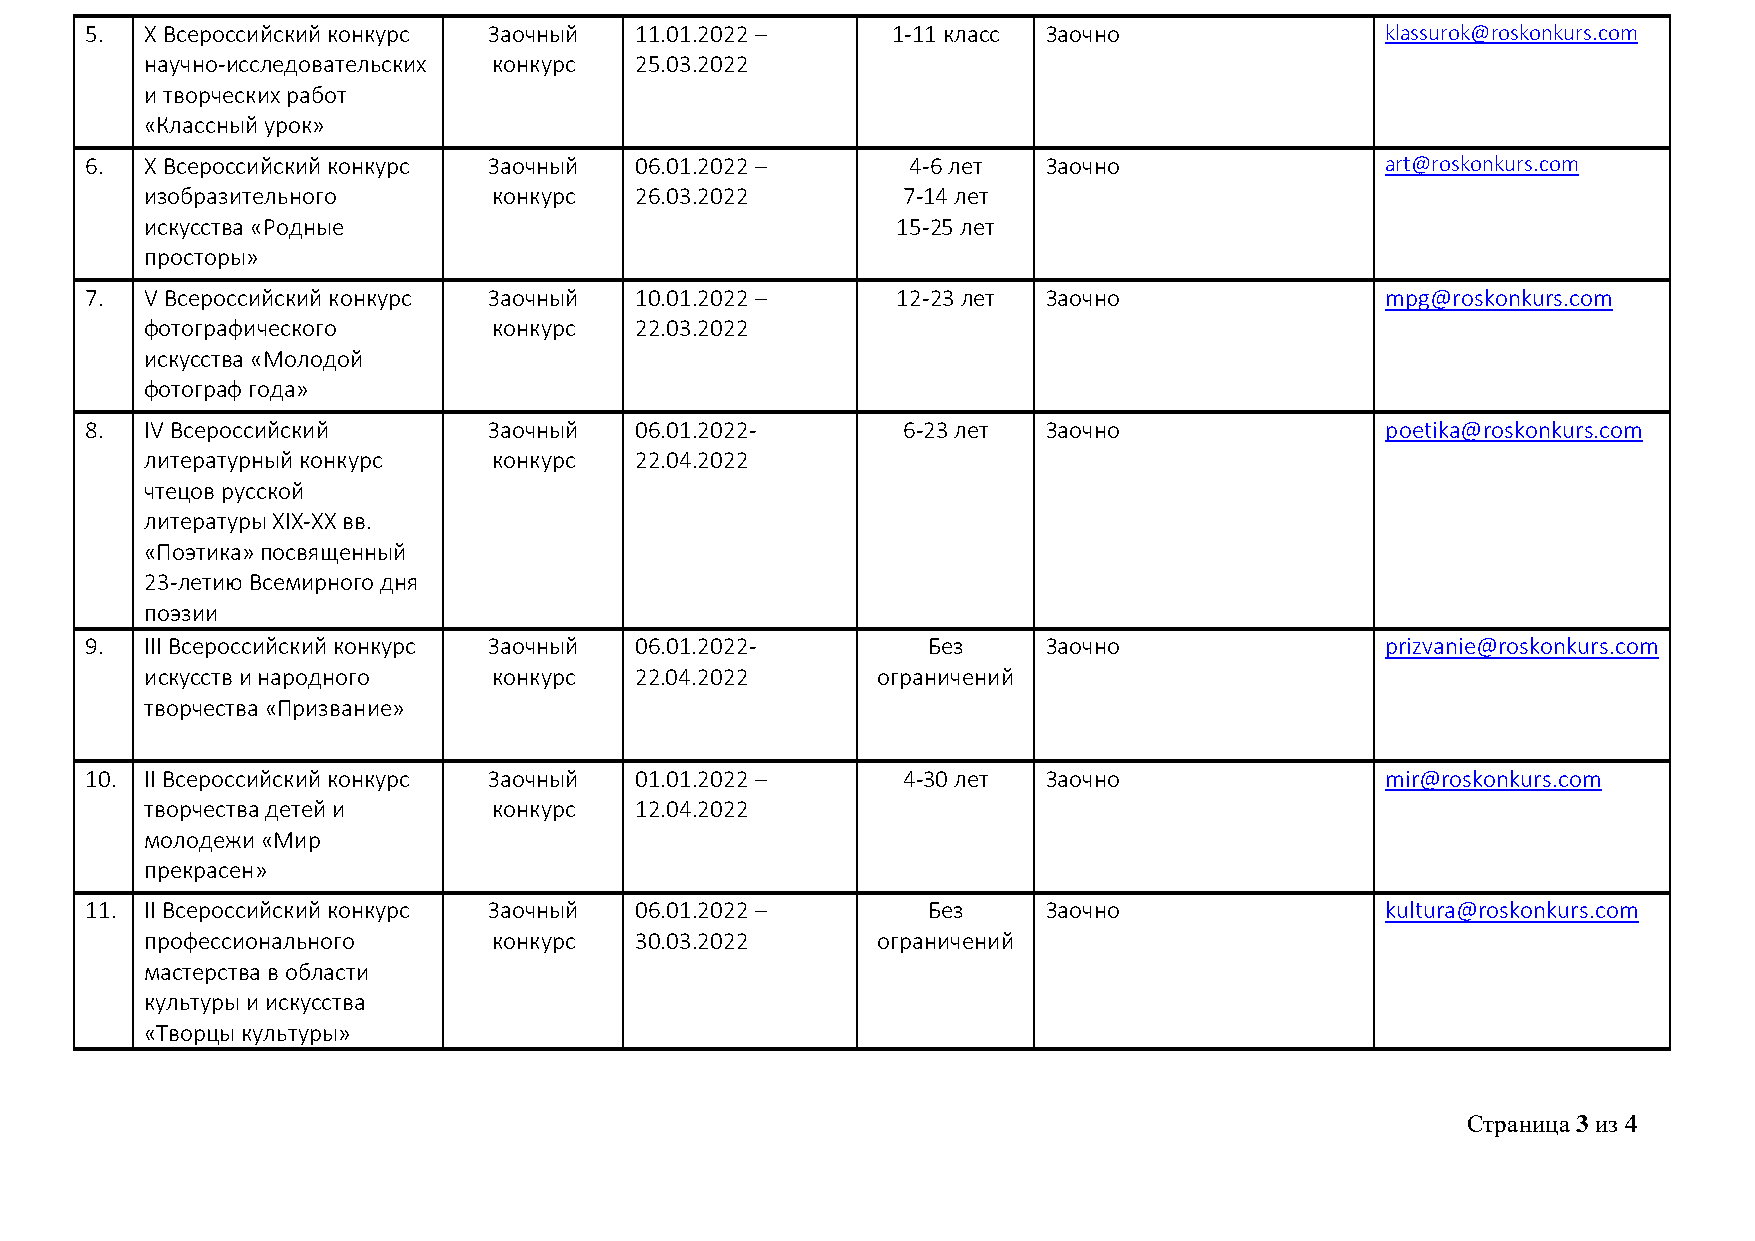
5.  X Всероссийский конкурс Заочный 11.01.2022 –     1-11 класс Заочно                klassurok@roskonkurs.com
 научно-исследовательских конкурс 25.03.2022
 и творческих работ
 «Классный урок»
 6.  X Всероссийский конкурс Заочный 06.01.2022 –      4-6 лет  Заочно                 art@roskonkurs.com
 изобразительного       конкурс  26.03.2022        7-14 лет
 искусства «Родные                                15-25 лет
 просторы»
 7.  V Всероссийский конкурс Заочный 10.01.2022 –     12-23 лет Заочно                 mpg@roskonkurs.com
 фотографического       конкурс  22.03.2022
 искусства «Молодой
 фотограф года»
 8.  IV Всероссийский      Заочный   06.01.2022-       6-23 лет Заочно                 poetika@roskonkurs.com
 литературный конкурс   конкурс  22.04.2022
 чтецов русской
 литературы XIX-XX вв.
 «Поэтика» посвященный
 23-летию Всемирного дня
 поэзии
 9.  III Всероссийский конкурс Заочный 06.01.2022-      Без     Заочно                 prizvanie@roskonkurs.com
 искусств и народного   конкурс  22.04.2022      ограничений
 творчества «Призвание»
 10. II Всероссийский конкурс Заочный 01.01.2022 –     4-30 лет Заочно                 mir@roskonkurs.com
 творчества детей и     конкурс  12.04.2022
 молодежи «Мир
 прекрасен»
 11. II Всероссийский конкурс Заочный 06.01.2022 –      Без     Заочно                 kultura@roskonkurs.com
 профессионального      конкурс  30.03.2022      ограничений
 мастерства в области
 культуры и искусства
 «Творцы культуры»
 Страница 3 из 4